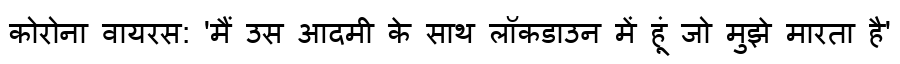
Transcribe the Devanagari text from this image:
कोरोना वायरस: 'मैं उस आदमी के साथ लॉकडाउन में हूं जो मुझे मारता है'